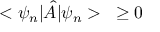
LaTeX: < \psi _ { n } | { \hat { A } } | \psi _ { n } > \; \; \; \geq 0